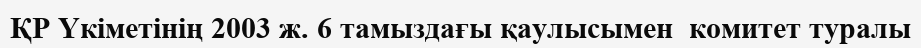
ҚР Үкіметінің 2003 ж. 6 тамыздағы қаулысымен  комитет туралы